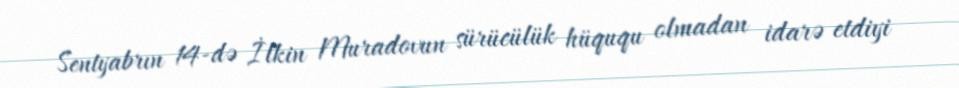
Sentyabrın 14-də İlkin Muradovun sürücülük hüququ olmadan idarə etdiyi